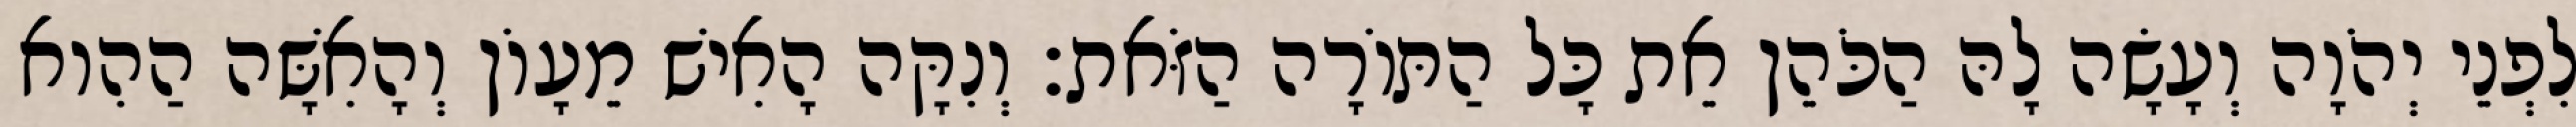
לִפְנֵי יְהֹוָה וְעָשָׂה לָהּ הַכֹּהֵן אֵת כָּל הַתּוֹרָה הַזֹּאת׃ וְנִקָּה הָאִישׁ מֵעָוֹן וְהָאִשָּׁה הַהִוא